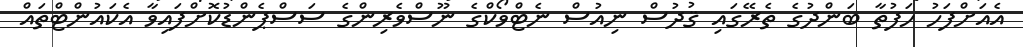
އެއަށްފަހު ހަފުތާ ބަންދުގެ ތެރޭގައި ޤުދުސް ނިއުސް ނެޓްވޯކްގެ ނޫސްވެރިންގެ ސަސްޕެންޑުކޮށްފައިވާ އެކައުންޓްތައް